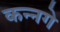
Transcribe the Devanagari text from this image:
कन्नगे